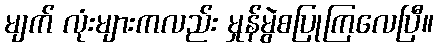
မျက် လုံးများကလည်း မှုန်မွဲစပြုကြလေပြီ။